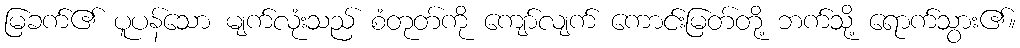
မြခက်၏ ပူပန်သော မျက်လုံးသည် စံတုတ်ကို ကျော်လျက် ကောင်းမြတ်တို့ ဘက်သို့ ရောက်သွား၏။